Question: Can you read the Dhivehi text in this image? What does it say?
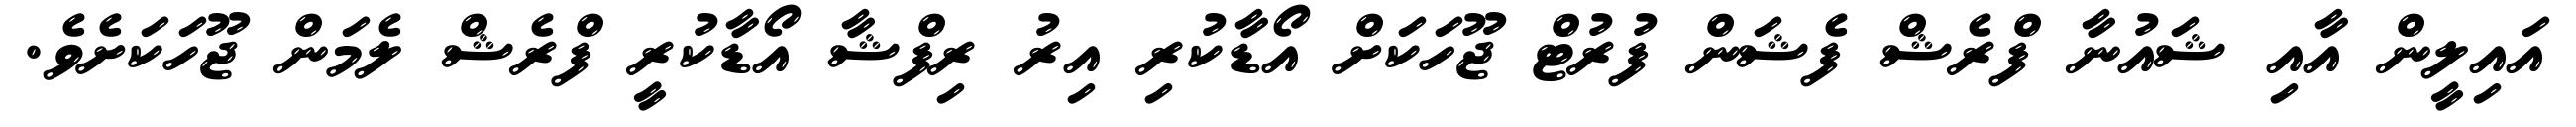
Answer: އައިލީން އާއި ޝައުނާ ފްރެޝް ފެޝަން ފުރުޓް ޖޫހަކަށް އޯޑާކުރި އިރު ރިފްޝާ އޯޑާކުރީ ފްރެޝް ލެމަން ޖޫހަކަށެވެ.